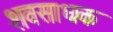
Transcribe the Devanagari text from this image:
शवसाधक